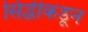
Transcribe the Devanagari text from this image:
सिद्धीकडून